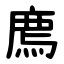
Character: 廌